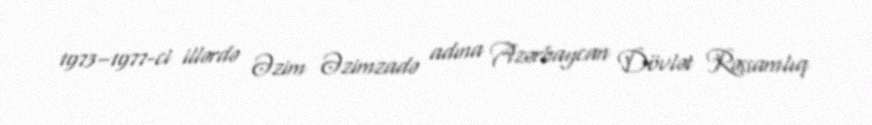
1973–1977-ci illərdə Əzim Əzimzadə adına Azərbaycan Dövlət Rəssamlıq